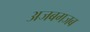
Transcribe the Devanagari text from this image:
अजबगजब